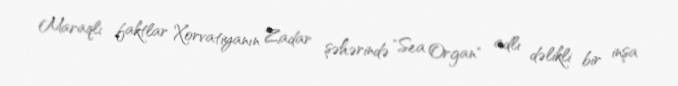
Maraqlı faktlar Xorvatiyanın Zadar şəhərində "Sea Organ" adlı dəlikli bir inşa